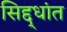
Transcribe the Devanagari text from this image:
सिद्द्धांत